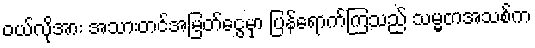
၀ယ်လိုအား အသားတင်အမြတ်ငွေမှာ ပြန်ရောက်ကြသည် သမ္မတအသစ်က